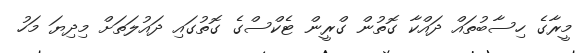
މީރާގެ ހިސާބުތައް ދައްކާ ގޮތުން ގްރީން ޓެކްސްގެ ގޮތުގައި ދައުލަތަށް މިދިޔަ މަހު